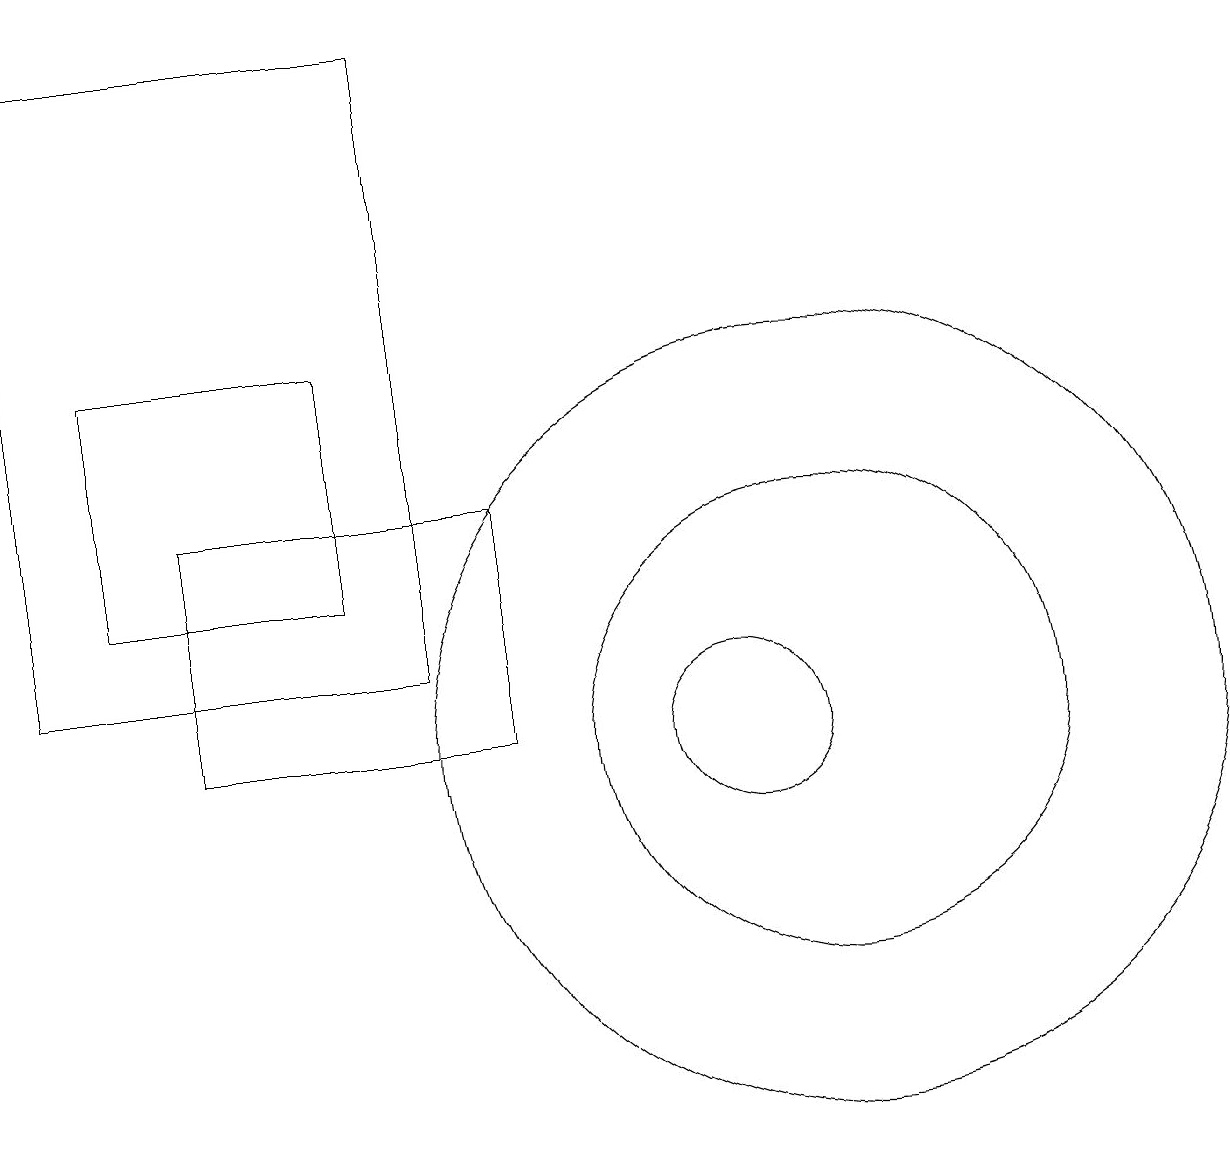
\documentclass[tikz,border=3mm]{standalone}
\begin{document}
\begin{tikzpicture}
\draw (10,10) circle (1);
\draw (2,12) rectangle (5,15);
\draw (7,13) rectangle (3,10);
\draw (11,10) circle (5);
\draw (11,10) circle (3);
\draw (6,11) rectangle (1,19);
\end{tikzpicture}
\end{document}